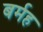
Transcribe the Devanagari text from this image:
बर्मह